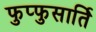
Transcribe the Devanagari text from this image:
फुप्फुसार्ति